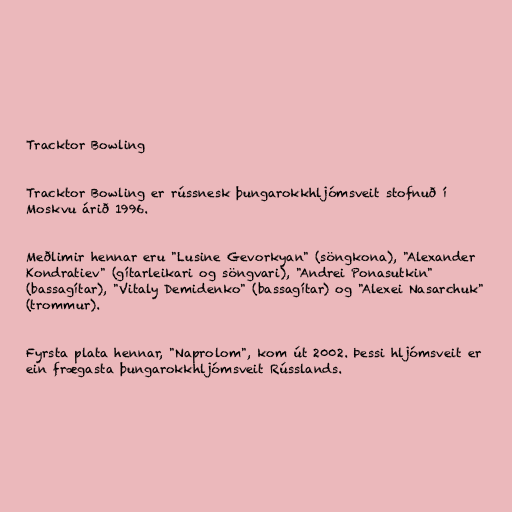
Tracktor Bowling

Tracktor Bowling er rússnesk þungarokkhljómsveit stofnuð í
Moskvu árið 1996.

Meðlimir hennar eru "Lusine Gevorkyan" (söngkona), "Alexander
Kondratiev" (gítarleikari og söngvari), "Andrei Ponasutkin"
(bassagítar), "Vitaly Demidenko" (bassagítar) og "Alexei Nasarchuk"
(trommur).

Fyrsta plata hennar, "Naprolom", kom út 2002. Þessi hljómsveit er
ein frægasta þungarokkhljómsveit Rússlands.